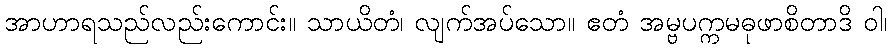
အာဟာရသည်လည်းကောင်း။ သာယိတံ၊ လျက်အပ်သော။ ဧတံ အမ္ဗပက္ကမဓုဖာစိတာဒိ ဝါ၊